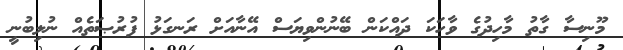
މޫނިސާ ގާތު މާހިދުގެ ވާހަކަ ދައްކަން ބޭނުންވިޔަސް އޭނާއަށް ރަނގަޅު ފުރުޞަތެއް ނުލިބުނީ